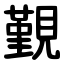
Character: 覲